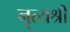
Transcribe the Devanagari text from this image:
नृत्यश्री